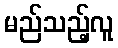
မည်သည့်လူ